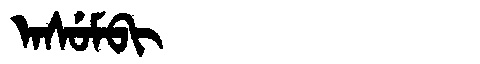
Manchu: ᠠᠰᡠᠮᠪᡳ
Romanization: ASUMBI